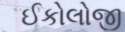
ઈકોલોજી